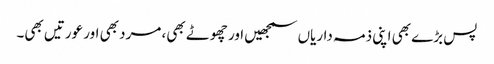
پس بڑے بھی اپنی ذمہ داریاں سمجھیں اور چھوٹے بھی، مرد بھی اور عورتیں بھی۔